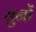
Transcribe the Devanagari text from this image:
सुनों